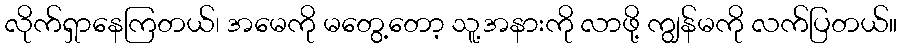
လိုက်ရှာနေကြတယ်၊ အမေကို မတွေ့တော့ သူ့အနားကို လာဖို့ ကျွန်မကို လက်ပြတယ်။